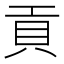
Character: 貢